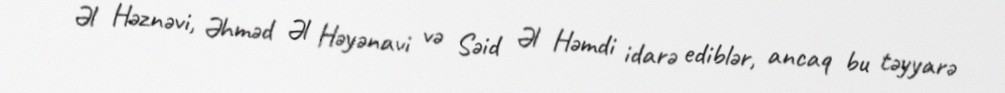
Əl Həznəvi, Əhməd Əl Həyənavi və Səid Əl Həmdi idarə ediblər, ancaq bu təyyarə